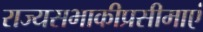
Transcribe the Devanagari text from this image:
राज्यसभाकीप्रसीमाएं